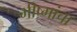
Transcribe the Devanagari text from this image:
भीष्मांचा